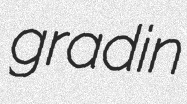
gradin